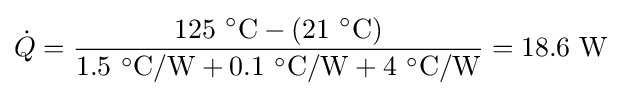
{\dot {Q}}={{125\ ^{\circ }{\text{C}}-(21\ ^{\circ }{\text{C}})} \over {1.5\ ^{\circ }{\text{C}}/{\text{W}}+0.1\ ^{\circ }{\text{C}}/{\text{W}}+4\ ^{\circ }{\text{C}}/{\text{W}}}}=18.6\ {\text{W}}